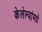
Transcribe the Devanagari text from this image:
केलेल्यांमधे